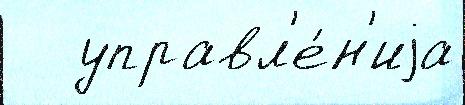
   управл'е́н'иjа